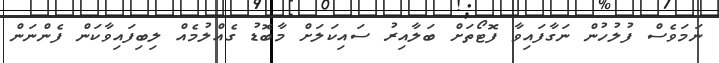
ނަމަވެސް ފުލުހުން ނަގާފައިވާ ފޮޓޯތަށް ބަލާއިރު ސައިކަލަށް މާބޮޑު ގެއްލުމެއް ލިބިފައިވާކަން ފެންނަން